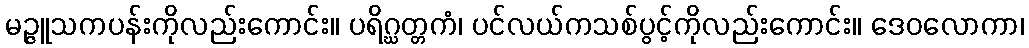
မဉ္ဇူသကပန်းကိုလည်းကောင်း။ ပရိဂ္ဃတ္တကံ၊ ပင်လယ်ကသစ်ပွင့်ကိုလည်းကောင်း။ ဒေဝလောကာ၊